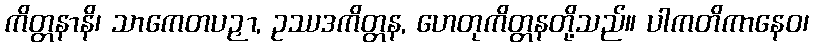
ကိတ္တနာနိ၊ သာကေတပဉှာ, ဥဿဒကိတ္တန, ဟေတုကိတ္တနတို့သည်။ ပါကတိကာနေဝ၊